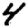
Digit: 4